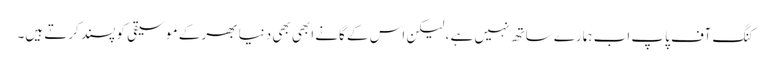
کنگ آف پاپ اب ہمارے ساتھ نہیں ہے ، لیکن اس کے گانے ابھی بھی دنیا بھر کے موسیقی کو پسند کرتے ہیں۔